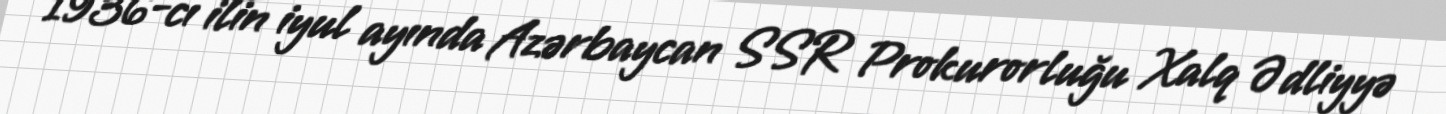
1936-cı ilin iyul ayında Azərbaycan SSR Prokurorluğu Xalq Ədliyyə